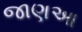
જાણઆ